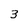
Character: 3